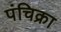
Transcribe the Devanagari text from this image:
पंचिक्रा